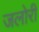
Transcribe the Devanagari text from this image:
जलोरी